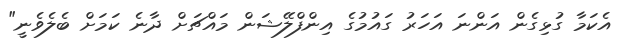
އެކަމާ ގުޅިގެން އަންނަ އަހަރު ގައުމުގެ އިންފްލޭޝަން މައްޗަށް ދާނެ ކަމަށް ބެލެވެނީ"